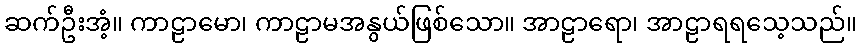
ဆက်ဦးအံ့။ ကာဠာမော၊ ကာဠာမအနွယ်ဖြစ်သော။ အာဠာရော၊ အာဠာရရသေ့သည်။